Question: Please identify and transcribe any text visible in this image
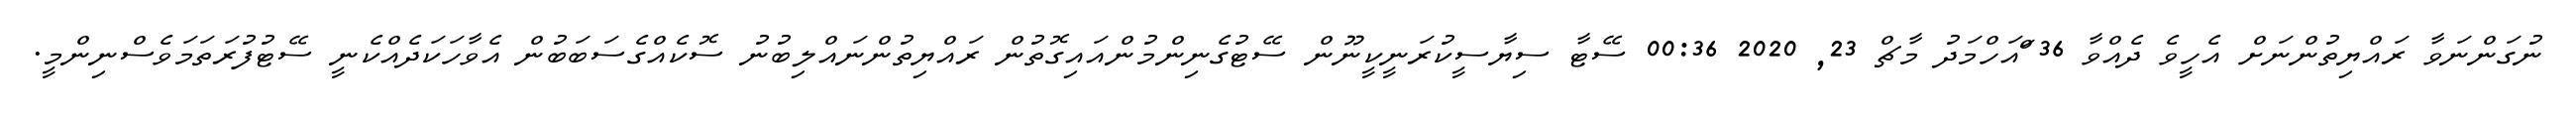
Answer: ނުގަންނަވާ ރައްޔިތުންނަށް އެހީވެ ދެއްވާ 36 ްައަހްމަދު މާޗް 23, 2020 00:36 ސޭޓާ ސިޔާސީކުރަނީކީނޫން ސޭޓުގެނިންމުންއައިގޮތުން ރައްޔިތުންނައްލިބުނު ސޮކެއްގެސަބަބުން އެވާހަކަދެއްކެނީ ސޭޓުފުރަތަމަވެސްނިންމީ.